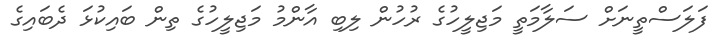
ފަލަސްތީނަށް ސަލާމަތީ މަޖިލީހުގެ ރުހުން ލިބި އާންމު މަޖިލީހުގެ ތިން ބައިކުޅަ ދެބައިގެ